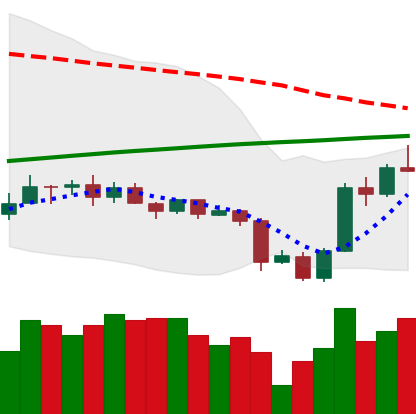
Ticker: ADA-USD
Chart end date: 2020-09-28
Forward return: -7.206%
Label: down_7plus